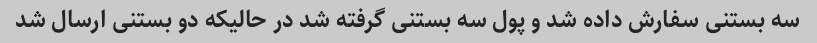
سه بستنی سفارش داده شد و پول سه بستنی گرفته شد در حالیکه دو بستنی ارسال شد